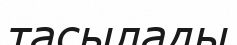
тасылады